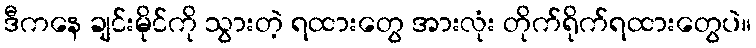
ဒီကနေ ချင်းမိုင်ကို သွားတဲ့ ရထားတွေ အားလုံး တိုက်ရိုက်ရထားတွေပဲ။